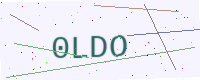
Text: 0LDO